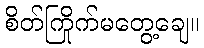
စိတ်ကြိုက်မတွေ့ချေ။